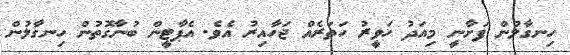
ހިނގާލުން ފަށާނީ މިއަދު ހަވީރު ހަތަރެއް ޖަހާއިރު އެވެ. އެޕާޓީން ބުނާގޮތުން ހިނގާލުން